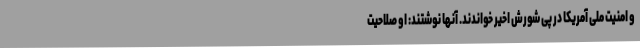
و امنیت ملی آمریکا در پی شورش اخیر خواندند. آنها نوشتند: او صلاحیت